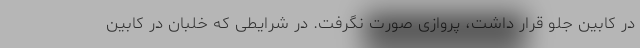
در کابین جلو قرار داشت، پروازی صورت نگرفت. در شرایطی که خلبان در کابین